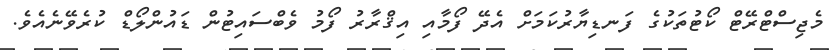
މެޖިސްޓްރޭޓް ކޯޓުތަކުގެ ފަނޑިޔާރުކަމަށް އެދޭ ފޯމާއި އިޤްރާރު ފޯމު ވެބްސައިޓުން ޑައުންލޯޑް ކުރެވޭނެއެވެ.